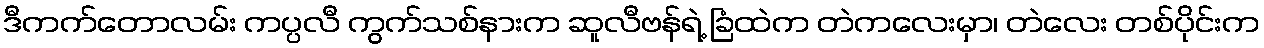
ဒီကက်တောလမ်း ကပ္ပလီ ကွက်သစ်နားက ဆူလီဗန်ရဲ့ ခြံထဲက တဲကလေးမှာ၊ တဲလေး တစ်ပိုင်းက